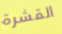
القشرة